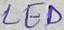
Text: LED